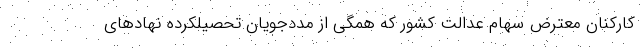
کارکنان معترض سهام عدالت کشور که همگی از مددجویان تحصیلکرده نهادهای